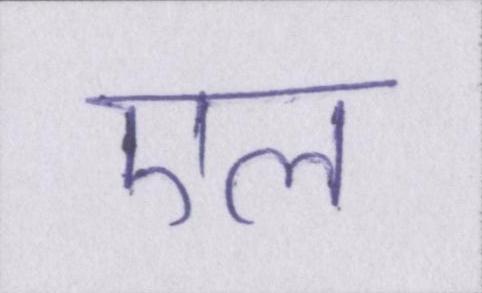
एल